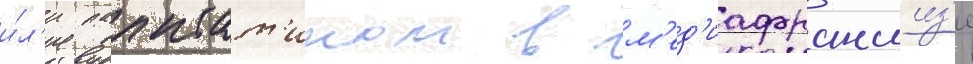
и́л'и палпат'ином в м'ед'иафраншиз'е